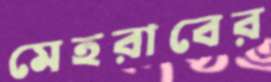
মেহরাবের